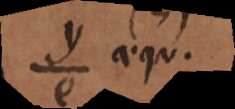
y aequ.